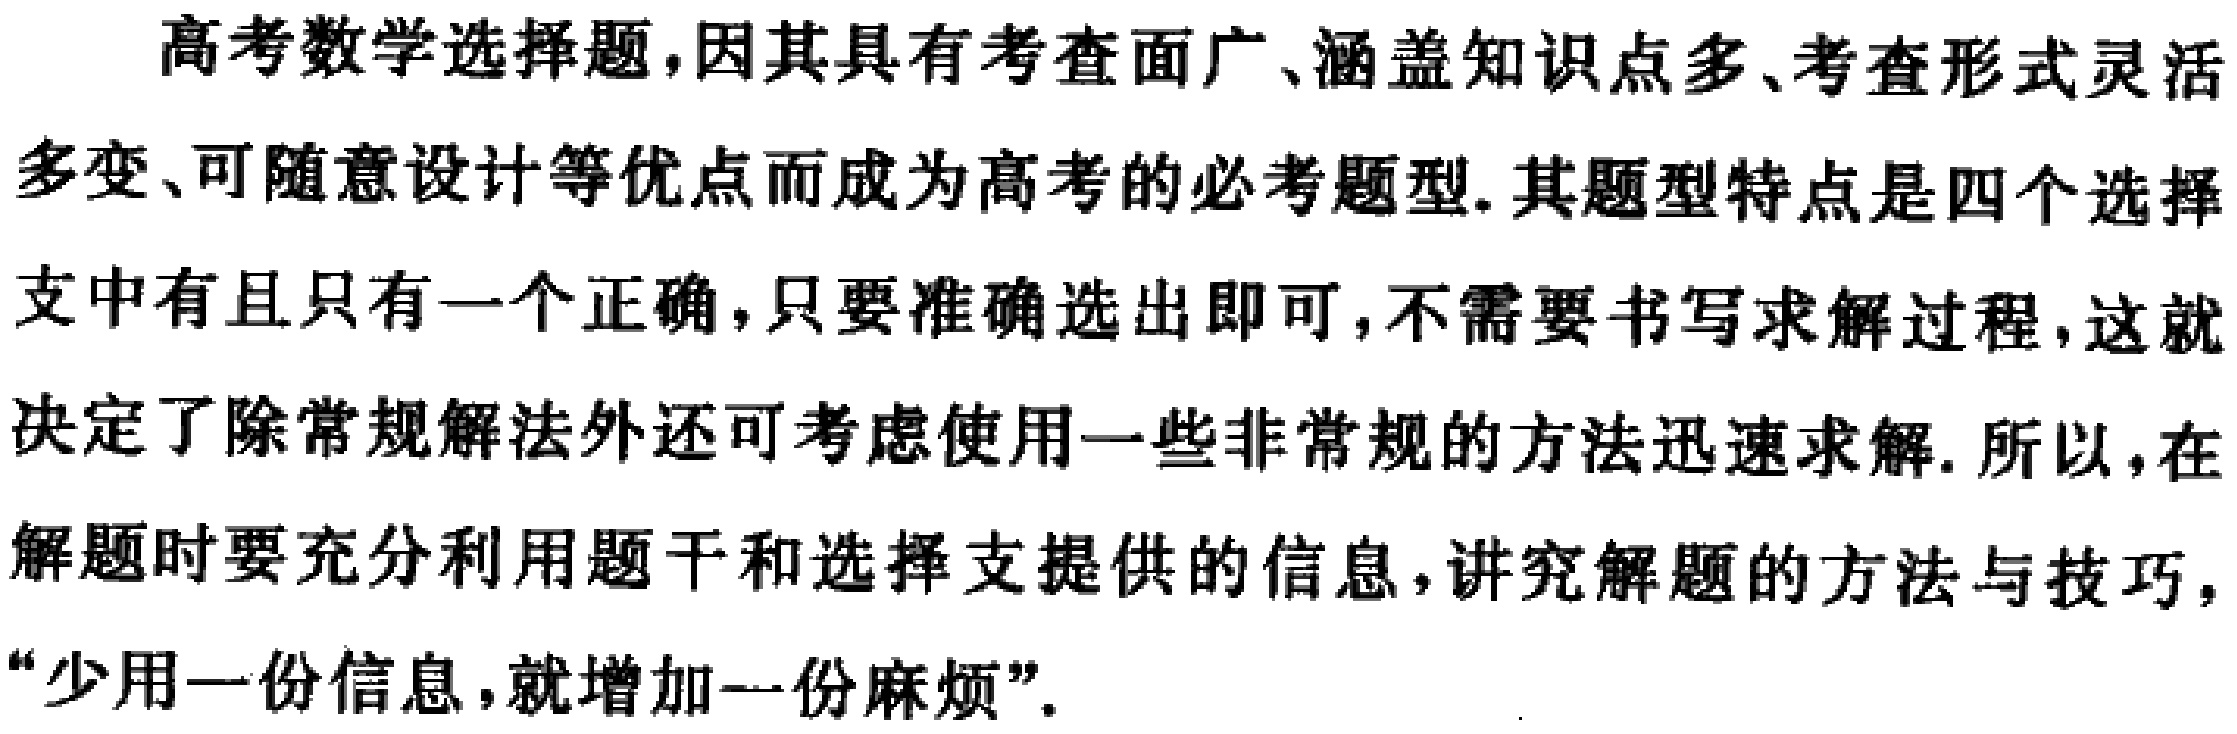
高考数学选择题，因其具有考查面广、涵盖知识点多、考查形式灵活多变、可随意设计等优点而成为高考的必考题型. 其题型特点是四个选择支中有且只有一个正确，只要准确选出即可，不需要书写求解过程，这就决定了除常规解法外还可考虑使用一些非常规的方法迅速求解. 所以，在解题时要充分利用题干和选择支提供的信息，讲究解题的方法与技巧，“少用一份信息，就增加一份麻烦”.